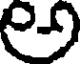
e